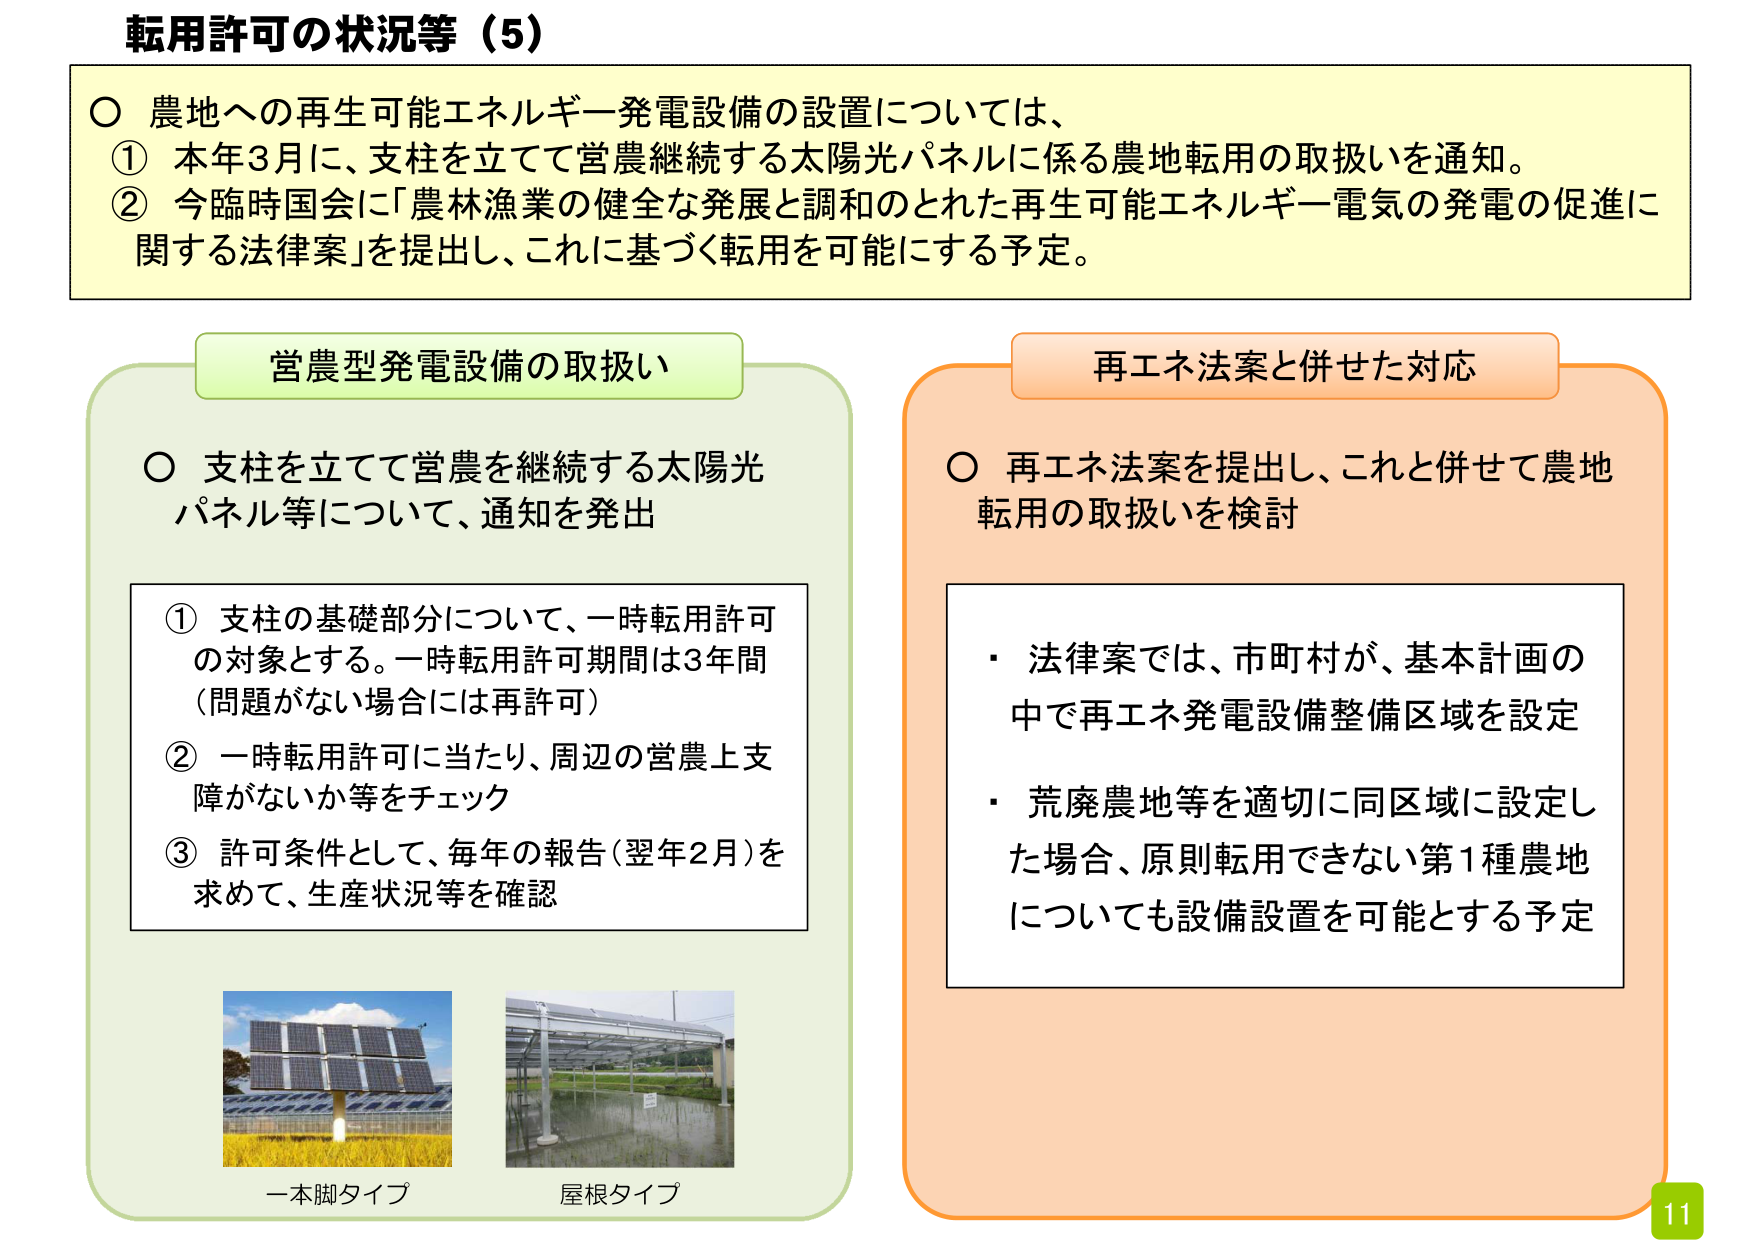
転用許可の状況等（5）

○ 農地への再生可能エネルギー発電設備の設置については、
① 本年3月に、支柱を立てて営農継続する太陽光パネルに係る農地転用の取扱いを通知。
② 今臨時国会に「農林漁業の健全な発展と調和のとれた再生可能エネルギー電気の発電の促進に関する法律案」を提出し、これに基づく転用を可能にする予定。

営農型発電設備の取扱い

○ 支柱を立てて営農を継続する太陽光パネル等について、通知を発出

① 支柱の基礎部分について、一時転用許可の対象とする。一時転用許可期間は3年間（問題がない場合には再許可）
② 一時転用許可に当たり、周辺の営農上支障がないか等をチェック
③ 許可条件として、毎年の報告（翌年2月）を求めて、生産状況等を確認

一本脚タイプ
屋根タイプ

再エネ法案と併せた対応

○ 再エネ法案を提出し、これと併せて農地転用の取扱いを検討

・ 法律案では、市町村が、基本計画の中で再エネ発電設備整備区域を設定
・ 荒廃農地等を適切に同区域に設定した場合、原則転用できない第1種農地についても設備設置を可能とする予定

11